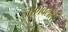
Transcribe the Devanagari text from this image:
जाणवलेले